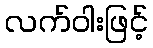
လက်ဝါးဖြင့်